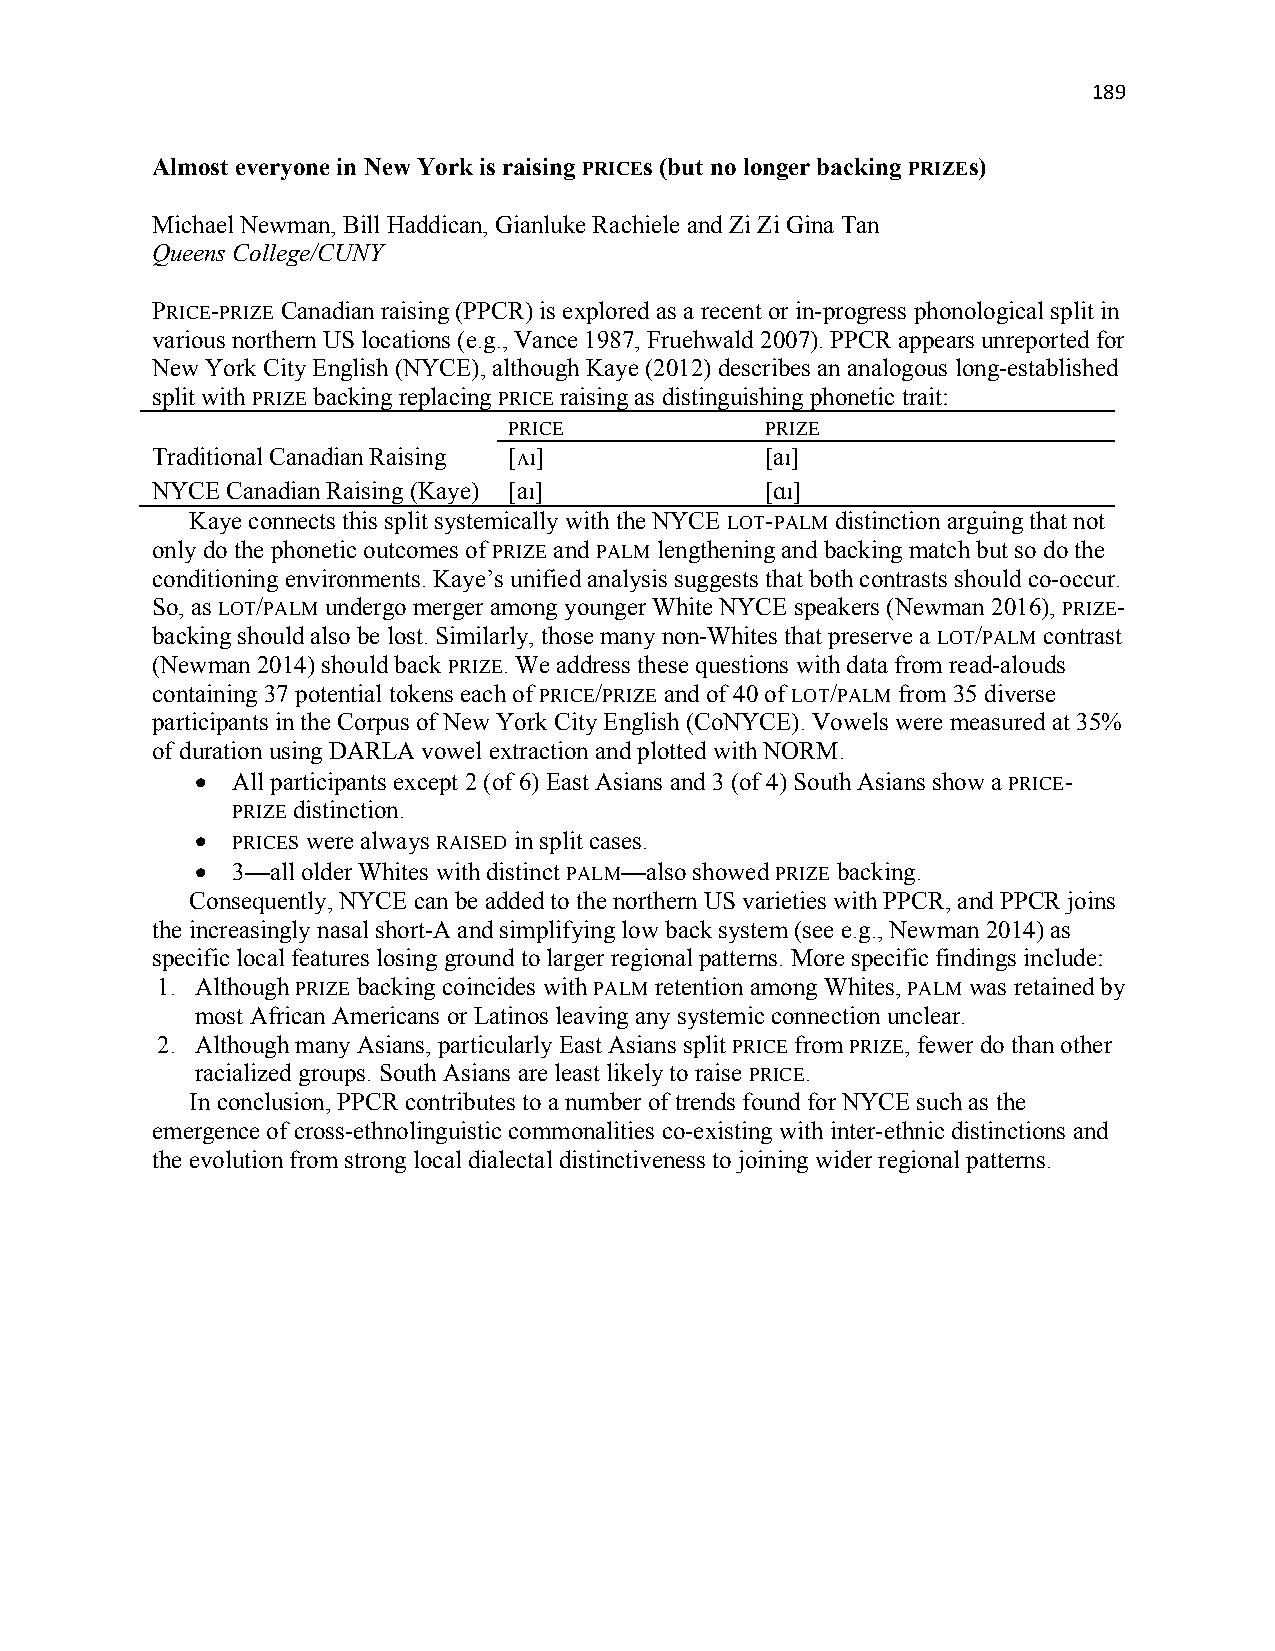
189
 Almost everyone in New York is raising PRICEs (but no longer backing PRIZEs)
 Michael Newman, Bill Haddican, Gianluke Rachiele and Zi Zi Gina Tan
 Queens College/CUNY
 PRICE-PRIZE Canadian raising (PPCR) is explored as a recent or in-progress phonological split in
 various northern US locations (e.g., Vance 1987, Fruehwald 2007). PPCR appears unreported for
 New York City English (NYCE), although Kaye (2012) describes an analogous long-established
 split with PRIZE backing replacing PRICE raising as distinguishing phonetic trait:
 PRICE            PRIZE
 Traditional Canadian Raising [ʌɪ]        [aɪ]
 NYCE Canadian Raising (Kaye) [aɪ]        [ɑɪ]
 Kaye connects this split systemically with the NYCE LOT-PALM distinction arguing that not
 only do the phonetic outcomes of PRIZE and PALM lengthening and backing match but so do the
 conditioning environments. Kaye’s unified analysis suggests that both contrasts should co-occur.
 So, as LOT/PALM undergo merger among younger White NYCE speakers (Newman 2016), PRIZE-
 backing should also be lost. Similarly, those many non-Whites that preserve a LOT/PALM contrast
 (Newman 2014) should back PRIZE. We address these questions with data from read-alouds
 containing 37 potential tokens each of PRICE/PRIZE and of 40 of LOT/PALM from 35 diverse
 participants in the Corpus of New York City English (CoNYCE). Vowels were measured at 35%
 of duration using DARLA vowel extraction and plotted with NORM.
 • All participants except 2 (of 6) East Asians and 3 (of 4) South Asians show a PRICE-
 PRIZE distinction.
 • PRICES were always RAISED in split cases.
 • 3—all older Whites with distinct PALM—also showed PRIZE backing.
 Consequently, NYCE can be added to the northern US varieties with PPCR, and PPCR joins
 the increasingly nasal short-A and simplifying low back system (see e.g., Newman 2014) as
 specific local features losing ground to larger regional patterns. More specific findings include:
 1. Although PRIZE backing coincides with PALM retention among Whites, PALM was retained by
 most African Americans or Latinos leaving any systemic connection unclear.
 2. Although many Asians, particularly East Asians split PRICE from PRIZE, fewer do than other
 racialized groups. South Asians are least likely to raise PRICE.
 In conclusion, PPCR contributes to a number of trends found for NYCE such as the
 emergence of cross-ethnolinguistic commonalities co-existing with inter-ethnic distinctions and
 the evolution from strong local dialectal distinctiveness to joining wider regional patterns.